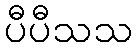
ပီပီသသ